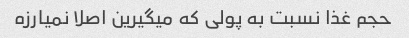
حجم غذا نسبت به پولی که میگیرین اصلا نمیارزه